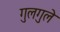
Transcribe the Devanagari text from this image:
गुलगुले